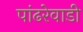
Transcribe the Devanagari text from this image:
पांढरेवाडी